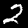
Digit: 2